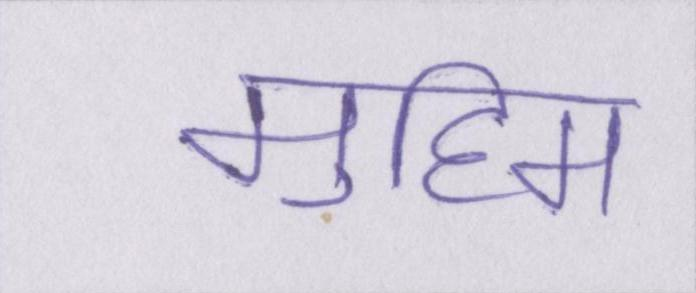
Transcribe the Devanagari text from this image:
मुहिम